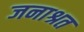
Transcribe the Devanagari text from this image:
जनाश्रत